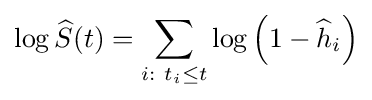
\log {\widehat {S}}(t)=\sum \limits _{i:\ t_{i}\leq t}\log \left(1-{\widehat {h}}_{i}\right)